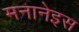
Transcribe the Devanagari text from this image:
मनानेइस